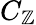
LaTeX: C_{\mathbb{Z}}